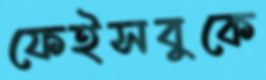
ফেইসবুকে